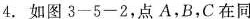
4.如图3-5-2，点A，B，C在同